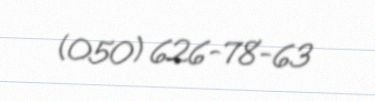
(050) 626-78-63